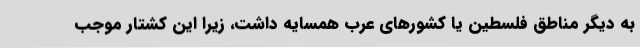
به دیگر مناطق فلسطین یا کشورهای عرب همسایه داشت، زیرا این کشتار موجب